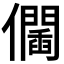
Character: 𠑆